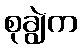
စုချွဲက